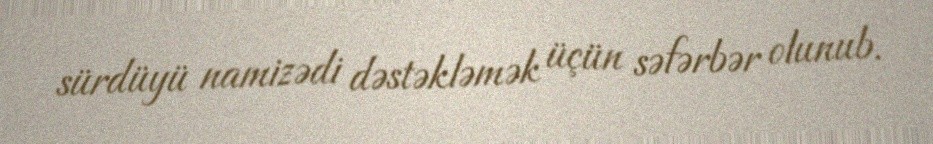
sürdüyü namizədi dəstəkləmək üçün səfərbər olunub.